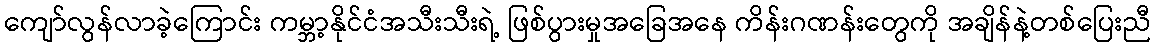
ကျော်လွန်လာခဲ့ကြောင်း ကမ္ဘာ့နိုင်ငံအသီးသီးရဲ့ ဖြစ်ပွားမှုအခြေအနေ ကိန်းဂဏန်းတွေကို အချိန်နဲ့တစ်ပြေးညီ